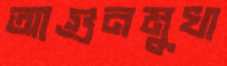
আগুনমুখা